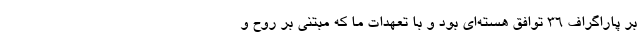
بر پاراگراف ۳۶ توافق هسته‌ای بود و با تعهدات ما که مبتنی بر روح و